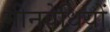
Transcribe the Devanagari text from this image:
मीनवेधियों